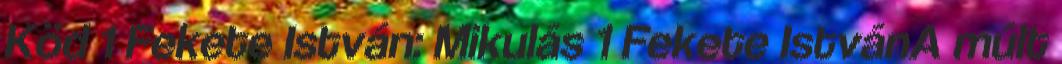
Köd 1 Fekete István: Mikulás 1 Fekete IstvánA múlt